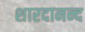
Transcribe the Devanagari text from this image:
शारदानन्द